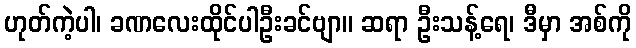
ဟုတ်ကဲ့ပါ၊ ခဏလေးထိုင်ပါဦးခင်ဗျာ။ ဆရာ ဦးသန့်ရေ၊ ဒီမှာ အစ်ကို